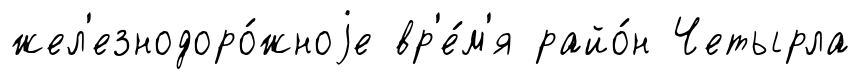
жел'езнодоро́жноjе вр'е́м'я райо́н Четырла